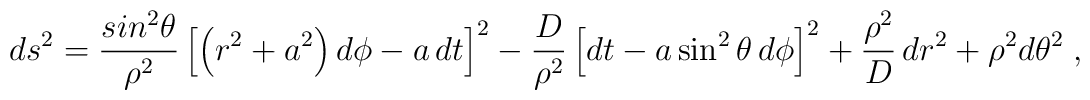
ds^2= \frac{sin^2{\theta}}{\rho^2} \left[\left( r^2 +a^2 \right) d\phi - a \, dt \right]^2-\frac{D}{\rho^2} \left[ dt - a \sin^2{ \theta } \, d\phi \right]^2 +\frac{\rho^2}{D} \, dr^2 +{\rho^2} d\theta^2  \;,